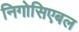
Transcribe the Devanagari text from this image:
निगोसिएबल